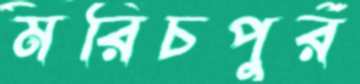
মরিচপুর